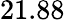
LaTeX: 21.88